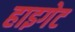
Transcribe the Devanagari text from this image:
हाइगेट